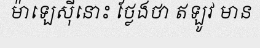
ម៉ាឡេស៊ីនោះ ថ្លែងថា ឥឡូវ មាន